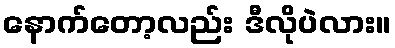
နောက်တော့လည်း ဒီလိုပဲလား။